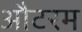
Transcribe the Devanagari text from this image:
औटरम